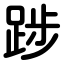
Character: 踄